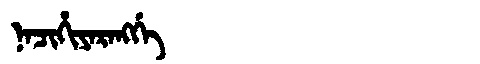
Manchu: ᠨᠠᠴᡳᡥᡳᠶᠠᡵᠠᠩᡤᡝ
Romanization: NACIHIYARANGGE